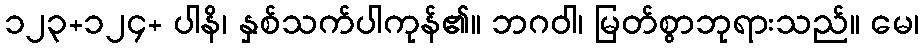
၁၂၃+၁၂၄+ ပါနိ၊ နှစ်သက်ပါကုန်၏။ ဘဂဝါ၊ မြတ်စွာဘုရားသည်။ မေ၊